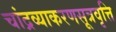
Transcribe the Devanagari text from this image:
चांद्रव्याकरणसूत्रवृत्ति